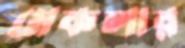
মেকলার